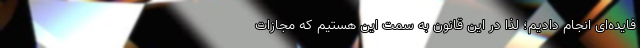
‌فایده‌ای انجام دادیم؛ لذا در این قانون به سمت این هستیم که مجازات